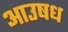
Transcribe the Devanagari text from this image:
आउषध